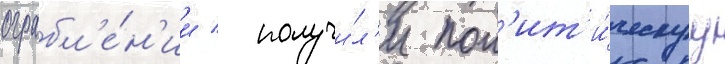
ограбл'е́н'ии / получи́л'и пол'ит'и́ческуу